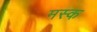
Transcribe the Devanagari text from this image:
मस्‍क